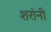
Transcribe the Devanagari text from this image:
शरांनी